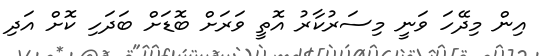
އިން މިދޭހަ ވަނީ މިސަރުކާރު އޮތީ ވަރަށް ބޮޑަށް ބަދަހި ކޮށް އަދި